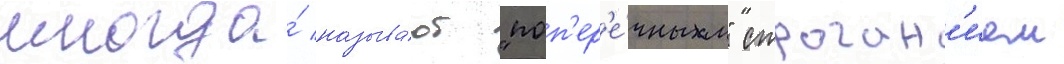
иногда́ называ́ют "поп'ер'е́чным" строган'ием